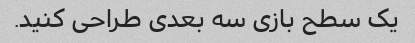
یک سطح بازی سه بعدی طراحی کنید.